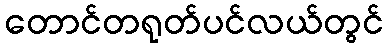
တောင်တရုတ်ပင်လယ်တွင်